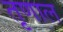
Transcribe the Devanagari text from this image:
तृणाल